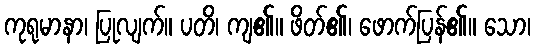
ကုရုမာနာ၊ ပြုလျက်။ ပတိ၊ ကျ၏။ ဖိတ်၏၊ ဖောက်ပြန်၏။ သော၊